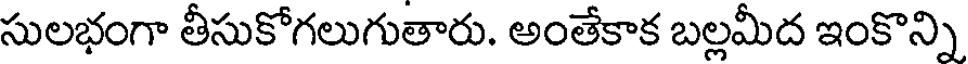
సులభంగా తీసుకోగలుగుతారు. అంతేకాక బల్లమీద ఇంకొన్ని